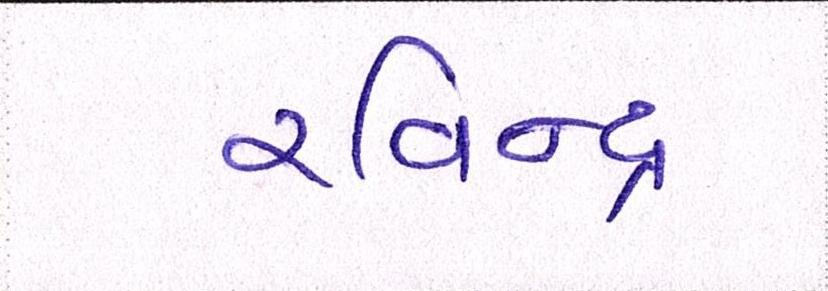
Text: રવિન્દ્ર